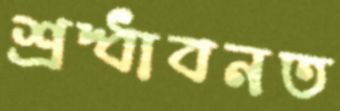
শ্রদ্ধাবনত